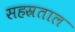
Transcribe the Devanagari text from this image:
सहस्रताल